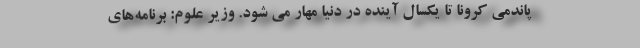
پاندمی کرونا تا یکسال آینده در دنیا مهار می شود. وزیر علوم: برنامه‌های